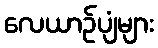
လေယာဉ်ပျံများ